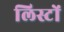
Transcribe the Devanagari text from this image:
लिस्टों